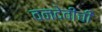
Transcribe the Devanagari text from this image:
वनदेवीची